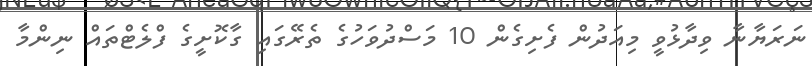
ނަރަޔާނާ ވިދާޅުވީ މިއަދުން ފެށިގެން 10 މަސްދުވަހުގެ ތެރޭގައި ގާކޮށީގެ ފްލެޓްތައް ނިންމާ